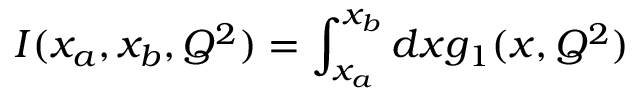
I ( x _ { a } , x _ { b } , Q ^ { 2 } ) = \int _ { x _ { a } } ^ { x _ { b } } d x g _ { 1 } ( x , Q ^ { 2 } )